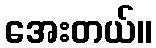
အေးတယ်။